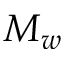
M _ { w }